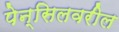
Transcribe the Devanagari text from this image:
पेन्सिलवरील